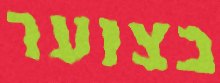
בצוער